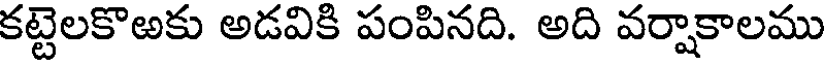
కట్టెలకొఱకు అడవికి పంపినది. అది వర్షాకాలము